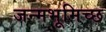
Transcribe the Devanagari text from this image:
जन्मभूमिच्छ